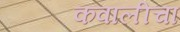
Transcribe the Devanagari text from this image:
कवालीचा